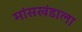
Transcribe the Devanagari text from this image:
मांसखंडाला